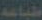
طباعه